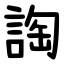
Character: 䛬